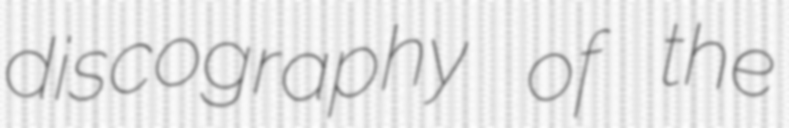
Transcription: discography of the